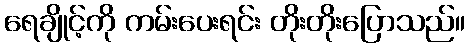
ရေချိုင့်ကို ကမ်းပေးရင်း တိုးတိုးပြောသည်။